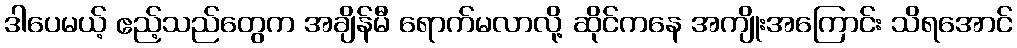
ဒါပေမယ့် ဧည့်သည်တွေက အချိန်မီ ရောက်မလာလို့ ဆိုင်ကနေ အကျိုးအကြောင်း သိရအောင်